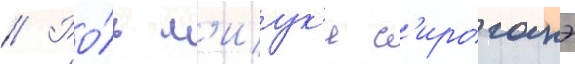
// Ро́ль м'иук'и с'ироганэ